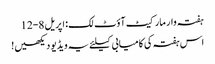
ہفتہ وار مارکیٹ آؤٹ لک: اپریل 8-12
اس ہفتہ کی کامیابی کیلئے یہ ویڈیو دیکھیں!